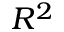
R ^ { 2 }